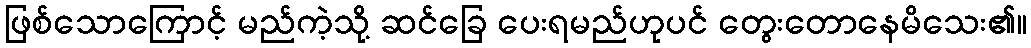
ဖြစ်သောကြောင့် မည်ကဲ့သို့ ဆင်ခြေ ပေးရမည်ဟုပင် တွေးတောနေမိသေး၏။